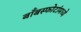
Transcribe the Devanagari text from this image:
बाँबस्फोटांमध्ये